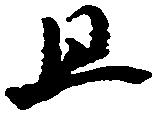
且